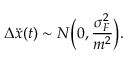
\Delta \ddot { x } ( t ) \sim N \bigg ( 0 , \frac { \sigma _ { F } ^ { 2 } } { m ^ { 2 } } \bigg ) .